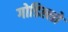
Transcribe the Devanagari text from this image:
गोडिल्लो